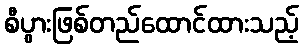
စီပွားဖြစ်တည်ထောင်ထားသည့်